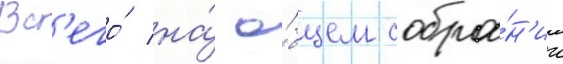
Вс'его́ на́ о́бщем собра́н'ии